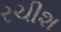
રચીશ